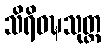
သိရိဝဍ္ဎသုတ္တ